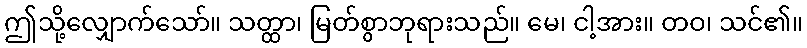
ဤသို့လျှောက်သော်။ သတ္ထာ၊ မြတ်စွာဘုရားသည်။ မေ၊ ငါ့အား။ တဝ၊ သင်၏။